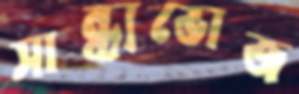
সান্ধ্যভোজ